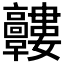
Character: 𩫰